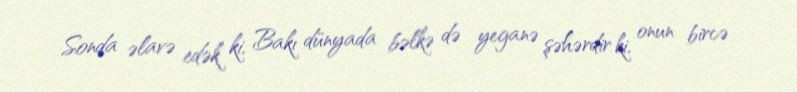
Sonda əlavə edək ki, Bakı dünyada bəlkə də yeganə şəhərdir ki, onun bircə